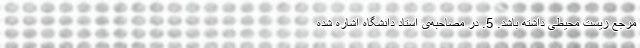
مرجع زیست محیطی داشته باشد. 5. در مصاحبه‌ی استاد دانشگاه اشاره شده